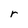
Character: r